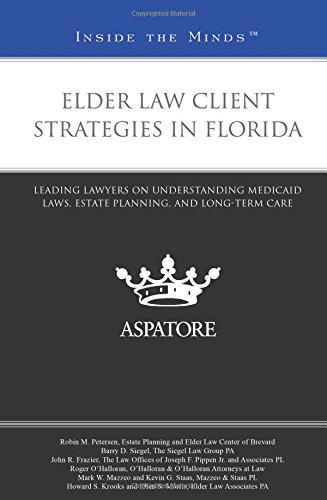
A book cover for Elder Law Client Strategies in Florida: Leading Lawyers on Understanding Medicaid Laws, Estate Planning, and Long-Term Care (Inside the Minds); Robin M. Petersen; Law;